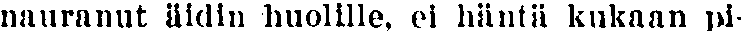
nauranut äidin huolille, ei häntä kukaan pi-